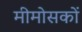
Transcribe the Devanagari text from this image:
मीमोसकों